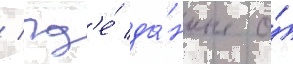
/ гд'е́ да́нные о́